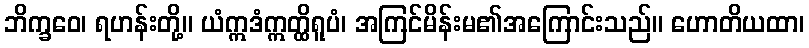
ဘိက္ခဝေ၊ ရဟန်းတို့။ ယံဣဒံဣတ္ထိရူပံ၊ အကြင်မိန်းမ၏အကြောင်းသည်။ ဟောတိယထာ၊